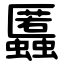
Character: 䘌